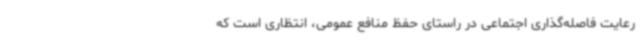
رعایت فاصله‌گذاری اجتماعی در راستای حفظ منافع عمومی، انتظاری است که